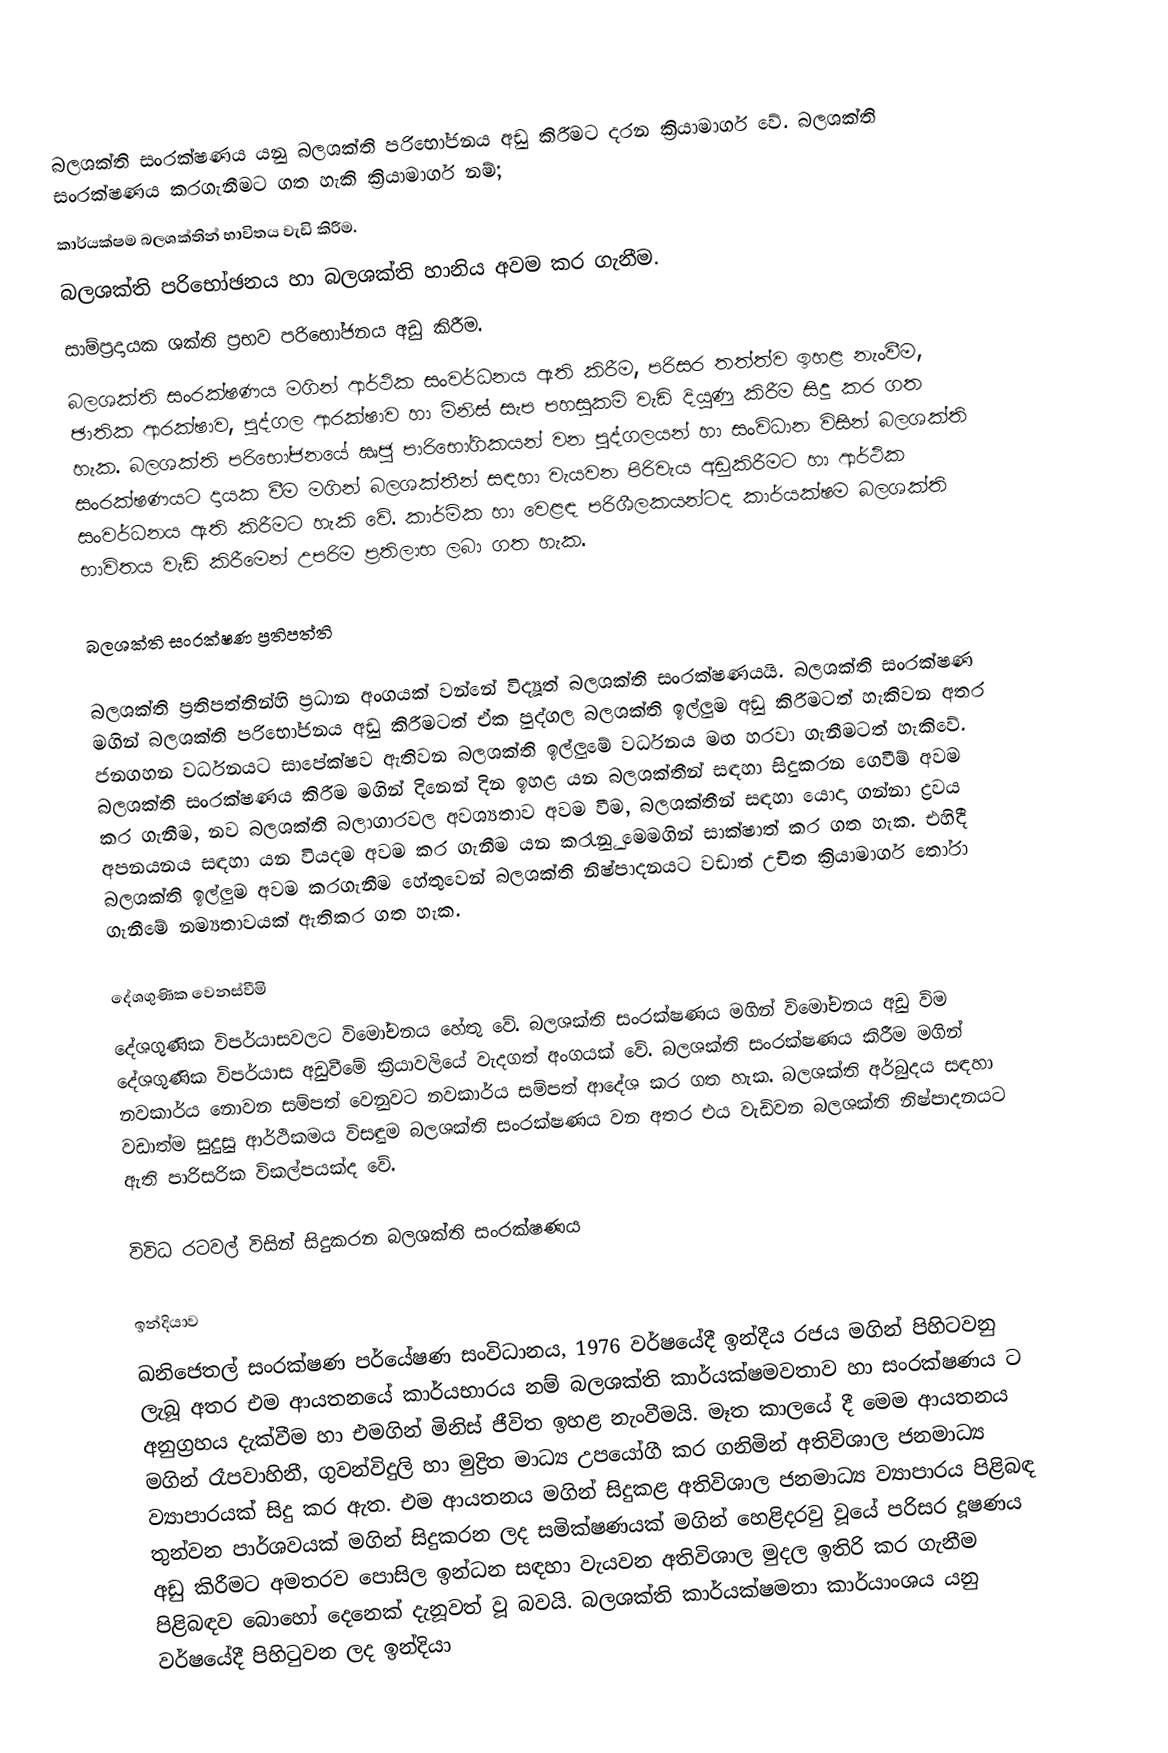
බලශක්ති සංරක්ෂණය යනු බලශක්ති පරිභෝජනය අඩු කිරීමට දරන ක්‍රියාමාර්ග වේ. බලශක්ති සංරක්ෂණය කරගැනීමට ගත හැකි ක්‍රියාමාර්ග නම්;
කාර්යක්ෂම බලශක්තින් භාවිතය වැඩි කිරීම.
බලශක්ති පරිභෝඡනය හා බලශක්ති හානිය අවම කර ගැනීම.
 සාම්ප්‍රදායක ශක්ති ප්‍රභව පරිභෝජනය අඩු කිරීම.
බලශක්ති සංරක්ෂණය මගින් ආර්ථික සංවර්ධනය ඇති කිරීම, පරිසර තත්ත්ව ඉහළ නැංවීම, ඡාතික ආරක්ෂාව,  පුද්ගල ආරක්ෂාව හා  මිනිස් සැප පහසුකමි වැඩි දියුණු කිරීම සිදු කර ගත හැක. බලශක්ති පරිභෝජනයේ ඍජු පාරිභෝගිකයන් වන පුද්ගලයන් හා සංවිධාන විසින් බලශක්ති සංරක්ෂණයට දායක වීම මගින් බලශක්තීන් සඳහා වැයවන පිරිවැය අඩුකිරීමට හා  ආර්ථික සංවර්ධනය ඇති කිරීමට හැකි වේ. කාර්මික හා වෙළඳ පරිශීලකයන්ටද කාර්යක්ෂම බලශක්ති  භාවිතය වැඩි කිරීමෙන් උපරිම ප්‍රතිලාභ ලබා ගත හැක.

බලශක්ති සංරක්ෂණ ප්‍රතිපත්ති

බලශක්ති ප්‍රතිපත්තින්හි ප්‍රධාන අංගයක් වන්නේ විද්‍යූත් බලශක්ති සංරක්ෂණයයි. බලශක්ති සංරක්ෂණ මගින් බලශක්ති පරිභෝජනය අඩු කිරීමටත් ඒක පුද්ගල බලශක්ති ඉල්ලුම අඩු කිරීමටත් හැකිවන අතර ජනගහන වර්ධනයට සාපේක්ෂව ඇතිවන බලශක්ති ඉල්ලුමේ වර්ධනය මඟ හරවා ගැනීමටත් හැකිවේ. බලශක්ති සංරක්ෂණය කිරීම මගින් දිනෙන් දින ඉහළ යන බලශක්තීන් සඳහා සිදුකරන ගෙවීම් අවම කර ගැනීම, නව බලශක්ති බලාගාරවල අවශ්‍යතාව අවම වීම, බලශක්තීන් සඳහා  යොදා ගන්නා ද්‍රවය අපනයනය සඳහා යන වියදම අවම කර ගැනීම යන කරැනුු මෙමගින් සාක්ෂාත් කර ගත හැක. එහිදී බලශක්ති ඉල්ලුම අවම කරගැනීම හේතුවෙන් බලශක්ති නිෂ්පාදනයට වඩාත් උචිත ක්‍රියාමාර්ග තෝරා ගැනීමේ නම්‍යතාවයක් ඇතිකර ගත හැක.

දේශගුණික වෙනස්වීමි
දේශගුණික විපර්යාසවලට විමෝචනය හේතු වේ. බලශක්ති සංරක්ෂණය මගින් විමෝචනය අඩු විම දේශගුණික විපර්යාස අඩුවීමේ ක්‍රියාවලියේ වැදගත් අංගයක් වේ. බලශක්ති සංරක්ෂණය කිරීම මගින් නවකාර්ය නොවන සම්පත් වෙනුවට නවකාර්ය සම්පත් ආදේශ කර ගත හැක. බලශක්ති අර්බුදය සඳහා වඩාත්ම සුදුසු ආර්ථිකමය විසඳුම බලශක්ති සංරක්ෂණය වන අතර එය වැඩිවන බලශක්ති නිෂ්පාදනයට ඇති පාරිසරික විකල්පයක්ද වේ.

විවිධ රටවල් විසින් සිදුකරන බලශක්ති සංරක්ෂණය

ඉන්දියාව
ඛනිජෙතල් සංරක්ෂණ පර්යේෂණ සංවිධානය, 1976 වර්ෂයේදී ඉන්දීය රජය මගින් පිහිටවනු ලැබූ අතර එම ආයතනයේ කාර්යභාරය නම් බලශක්ති කාර්යක්ෂමවතාව හා සංරක්ෂණය ට අනුග්‍රහය දැක්වීම හා එමගින් මිනිස් ජීවිත ඉහළ නැංවීමයි. මෑත කාලයේ දී මෙම ආයතනය මගින් රෑපවාහිනී, ගුවන්විදුලි හා මුද්‍රිත මාධ්‍ය උපයෝගී කර ගනිමින් අතිවිශාල ජනමාධ්‍ය ව්‍යාපාරයක් සිදු කර ඇත. එම ආයතනය මගින් සිදුකළ අතිවිශාල ජනමාධ්‍ය ව්‍යාපාරය පිළිබඳ තුන්වන පාර්ශවයක් මගින් සිදුකරන ලද සමික්ෂණයක් මගින් හෙළිදරවු වූයේ පරිසර දූෂණය අඩු කිරීමට අමතරව පොසිල ඉන්ධන සඳහා වැයවන අතිවිශාල මුදල ඉතිරි කර ගැනීම පිළිබඳව බොහෝ දෙනෙක් දැනූවත් වූ බවයි. බලශක්ති කාර්යක්ෂමතා කාර්යාංශය  යනු වර්ෂයේදී පිහිටුවන ලද ඉන්දියා